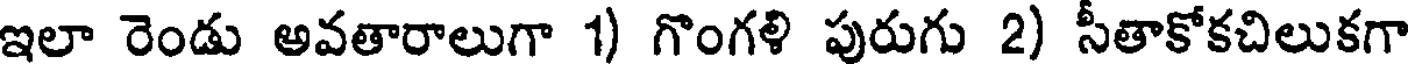
ఇలా రెండు అవతారాలుగా 1) గొంగళి పురుగు 2) సీతాకోకచిలుకగా